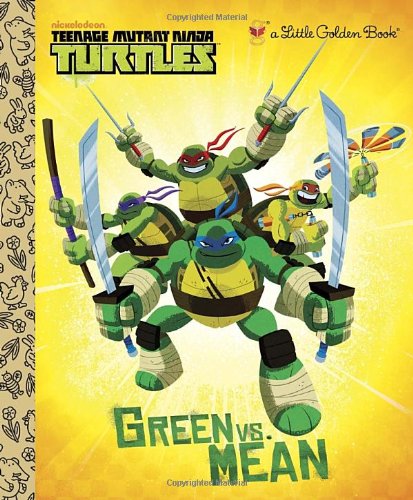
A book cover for Green vs. Mean (Teenage Mutant Ninja Turtles) (Little Golden Book); Geof Smith; Children's Books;